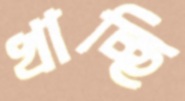
খাচ্ছি